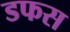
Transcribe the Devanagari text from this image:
डफस